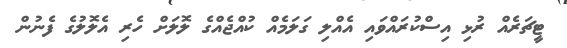
ޓީޗަރެއް ރުޅި އިސްކުރައްވައި އެއްލި ގަލަމެއް ކުއްޖެއްގެ ލޮލަށް ހެރި އެލޮލުގެ ފެނުން